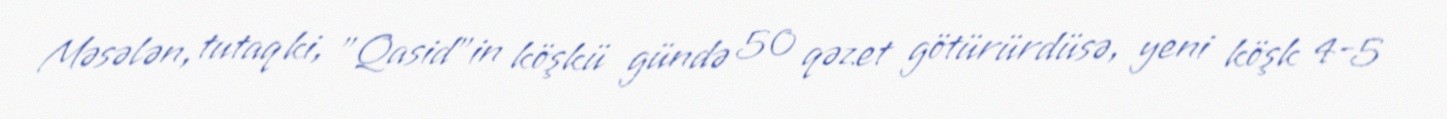
Məsələn, tutaq ki, ”Qasid"in köşkü gündə 50 qəzet götürürdüsə, yeni köşk 4-5